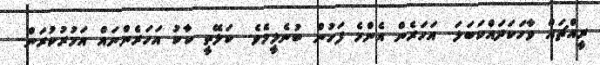
ރީއްޗައް ވާހަކަދައްކަބަލަ.. އަހަރެން އެންމެ ފަހުން ބުނެލީމެވެ.. ކަލޭތީ ކާކު އަހަރެންނައް އަމުރުކުރަން..